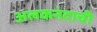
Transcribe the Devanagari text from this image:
अलकनंदाची